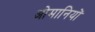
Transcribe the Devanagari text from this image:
ओमानियों